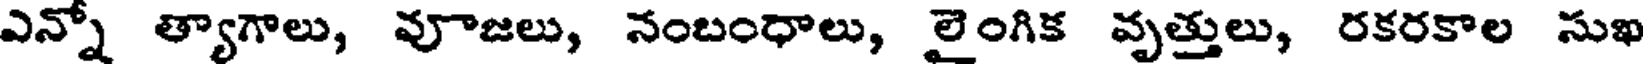
ఎన్నో త్యాగాలు, వూజలు, నంబంధాలు, లైంగిక వృత్తులు, రకరకాల సుఖ